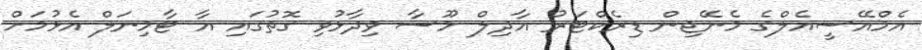
އެމްއޭސީއެލްގެ މެނޭޖިން ޑިރެކްޓަރު އާދިލް މޫސާ ވިދާޅުވި ގޮތުގައި އާ ޓާމިނަލް އެޅުމަށް